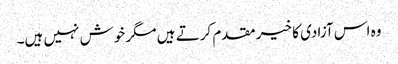
وہ اس آزادی کا خیر مقدم کرتے ہیں مگر خوش نہیں ہیں۔